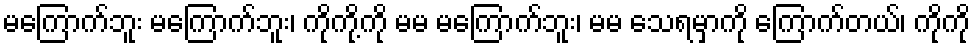
မကြောက်ဘူး မကြောက်ဘူး၊ ကိုကို့ကို မမ မကြောက်ဘူး၊ မမ သေရမှာကို ကြောက်တယ်၊ ကိုကို